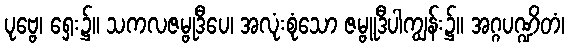
ပုဗ္ဗေ၊ ရှေး၌။ သကလဇမ္ဗုဒီပေ၊ အလုံးစုံသော ဇမ္ဗူဒီပါကျွန်း၌။ အဂ္ဂပဏ္ဍိတံ၊